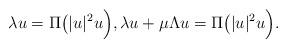
LaTeX: \begin{align*}\lambda u = \Pi \big( |u|^2 u\Big),\lambda u + \mu \Lambda u = \Pi \big( |u|^2 u\Big).\end{align*}